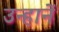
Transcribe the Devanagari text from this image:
उन्हानें